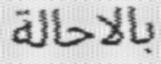
بالاحالة